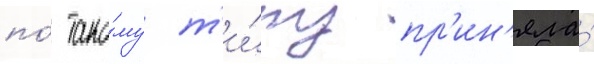
по́ тако́му т'и́пу пр'ин'яла́